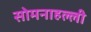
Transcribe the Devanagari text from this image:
सोमनाहल्ली